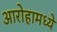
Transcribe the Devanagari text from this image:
आरोहामध्ये